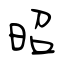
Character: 昭